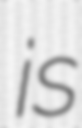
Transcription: is